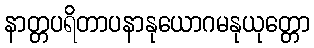
နာတ္တပရိတာပနာနုယောဂမနုယုတ္တော